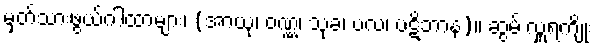
မှတ်သားဖွယ်ဂါထာများ၊ (အာယု၊ ဝဏ္ဏ၊ သုခ၊ ဗလ၊ ပဋိဘာန)။ ဆွမ်းလှူရကျိုး